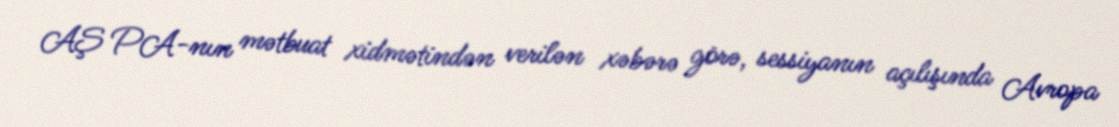
AŞ PA-nın mətbuat xidmətindən verilən xəbərə görə, sessiyanın açılışında Avropa